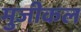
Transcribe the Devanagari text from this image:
मुजीकल